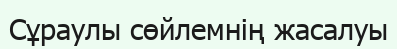
Сұраулы сөйлемнің жасалуы